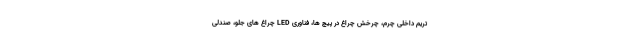
تریم داخلی چرم، چرخش چراغ در پیچ ها، فناوری LED چراغ های جلو، صندلی